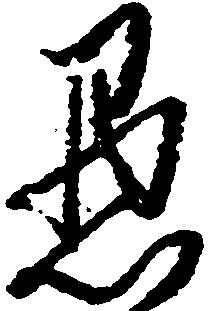
愚